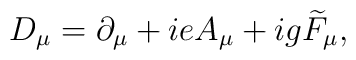
D_{\mu }=\partial _{\mu }+ieA_{\mu }+ig\widetilde{F}_{\mu } ,